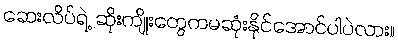
ဆေးလိပ်ရဲ့ ဆိုးကျိုးတွေကမဆုံးနိုင်အောင်ပါပဲလား။